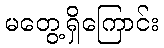
မတွေ့ရှိကြောင်း